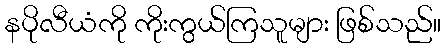
နပိုလီယံကို ကိုးကွယ်ကြသူများ ဖြစ်သည်။